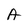
Character: A